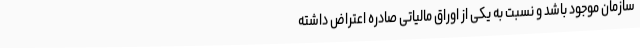
سازمان موجود باشد و نسبت به یکی از اوراق مالیاتی صادره اعتراض داشته